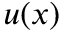
u ( x )